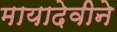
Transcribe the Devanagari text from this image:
मायादेवीने